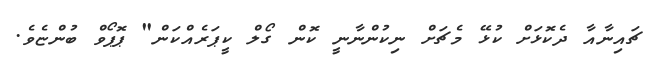
ޗައިނާއާ ދެކޮޅަށް ކުޅޭ މެޗަށް ނިކުންނާނީ ކޮން ގޯލް ކީޕަރެއްކަން" ޕޮޕޯވް ބުންޏެވެ.